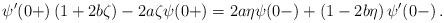
LaTeX: \begin{align*} \psi'(0+)\left(1+2b\zeta\right)-2a\zeta\psi(0+)=2a\eta\psi(0-)+\left(1-2b\eta\right)\psi'(0-)\,.\end{align*}